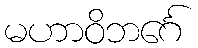
မဟာဝိဘင်္ဂေ